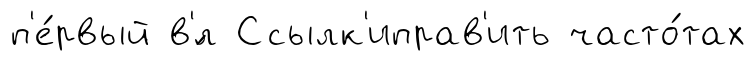
п'е́рвый в'́л Ссылк'иправ'ить часто́тах